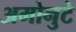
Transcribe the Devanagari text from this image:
अमोनुटे